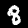
Label: 8